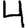
Digit: 4